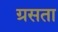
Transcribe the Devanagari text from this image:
ग्रसता